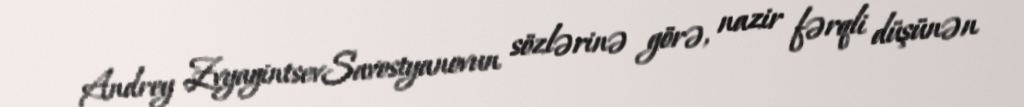
Andrey ZvyagintsevSavostyanovun sözlərinə görə, nazir fərqli düşünən